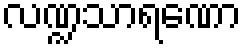
လဏ္ဍသာရဏော